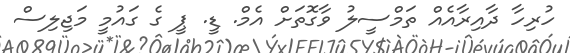
ހުރިހާ ދާއިރާއެއް ތަމްސީލު ވާގޮތަށް އެމް. ޑީ. ޕީ ގެ ގައުމީ މަޖިލިސް